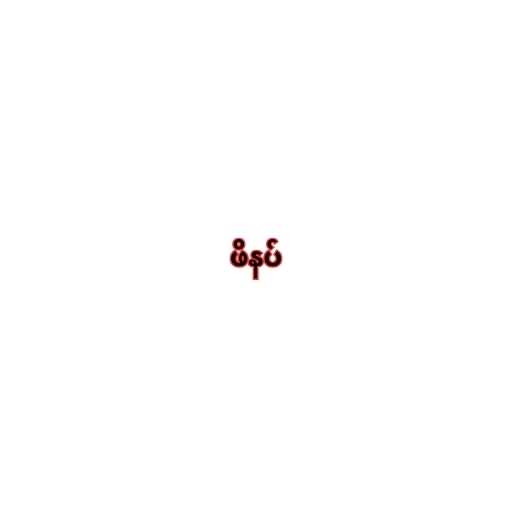
ဖိနပ်